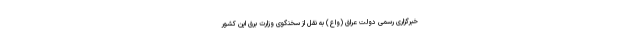
خبرگزاری رسمی دولت عراق (واع) به نقل از سخنگوی وزارت برق این کشور